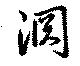
淵